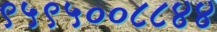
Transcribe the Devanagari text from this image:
९५९५००८८४४